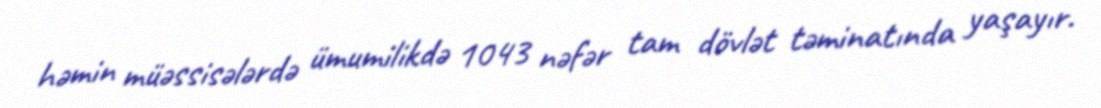
həmin müəssisələrdə ümumilikdə 1043 nəfər tam dövlət təminatında yaşayır.